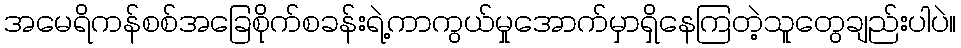
အမေရိကန်စစ်အခြေစိုက်စခန်းရဲ့ကာကွယ်မှုအောက်မှာရှိနေကြတဲ့သူတွေချည်းပါပဲ။